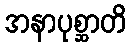
အနာပုစ္ဆာတိ